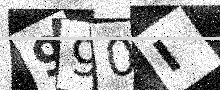
Text: 990I